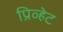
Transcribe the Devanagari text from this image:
प्रिव्हेट